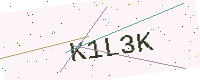
Text: K1L3K